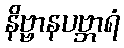
နိဗ္ဗာနပဗ္ဘာရံ